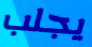
يجلب